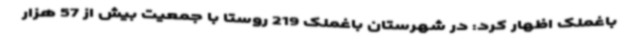
باغملک اظهار کرد: در شهرستان باغملک 219 روستا با جمعیت بیش از 57 هزار